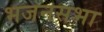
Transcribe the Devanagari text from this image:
भजनसभा